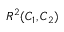
R ^ { 2 } ( C _ { 1 } , C _ { 2 } )